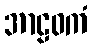
အာဠဝကံ